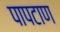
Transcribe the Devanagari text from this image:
पापटाण